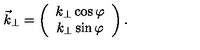
\vec { k } _ { \perp } = \left( \begin{array} { c } { k _ { \perp } \cos \varphi } \\ { k _ { \perp } \sin \varphi } \\ \end{array} \right) .